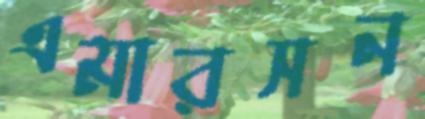
এমারসন